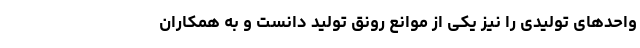
واحدهای تولیدی را نیز یکی از موانع رونق تولید دانست و به همکاران